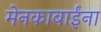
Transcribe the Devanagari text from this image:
मेनकाबाईंना